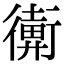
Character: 𢖋